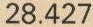
28.427